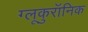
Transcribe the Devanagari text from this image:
ग्लूकुरॉनिक